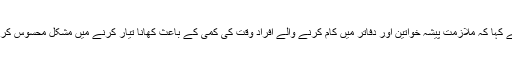
انہوں نے کہا کہ ملازمت پیشہ خواتین اور دفاتر میں کام کرنے والے افراد وقت کی کمی کے باعث کھانا تیار کرنے میں مشکل محسوس کرتے ہیں۔